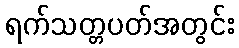
ရက်သတ္တပတ်အတွင်း